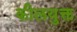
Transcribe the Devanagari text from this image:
कीलयुक्त